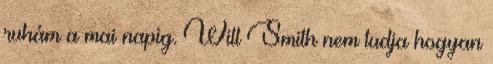
ruhám a mai napig. Will Smith nem tudja hogyan